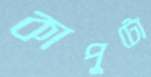
কাপুটো